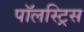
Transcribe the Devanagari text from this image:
पॉलस्ट्रिस